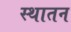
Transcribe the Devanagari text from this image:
स्थातन